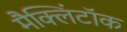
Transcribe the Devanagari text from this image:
मैक्लिंटॉक